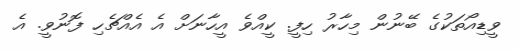
ވީޑިއޯތަކުގެ ބޭނުން މިހާރު ހިފީ. ކީއްވެ އީހާނަށް އެ އެއްޗެހި ފޮނުވީ. އެ